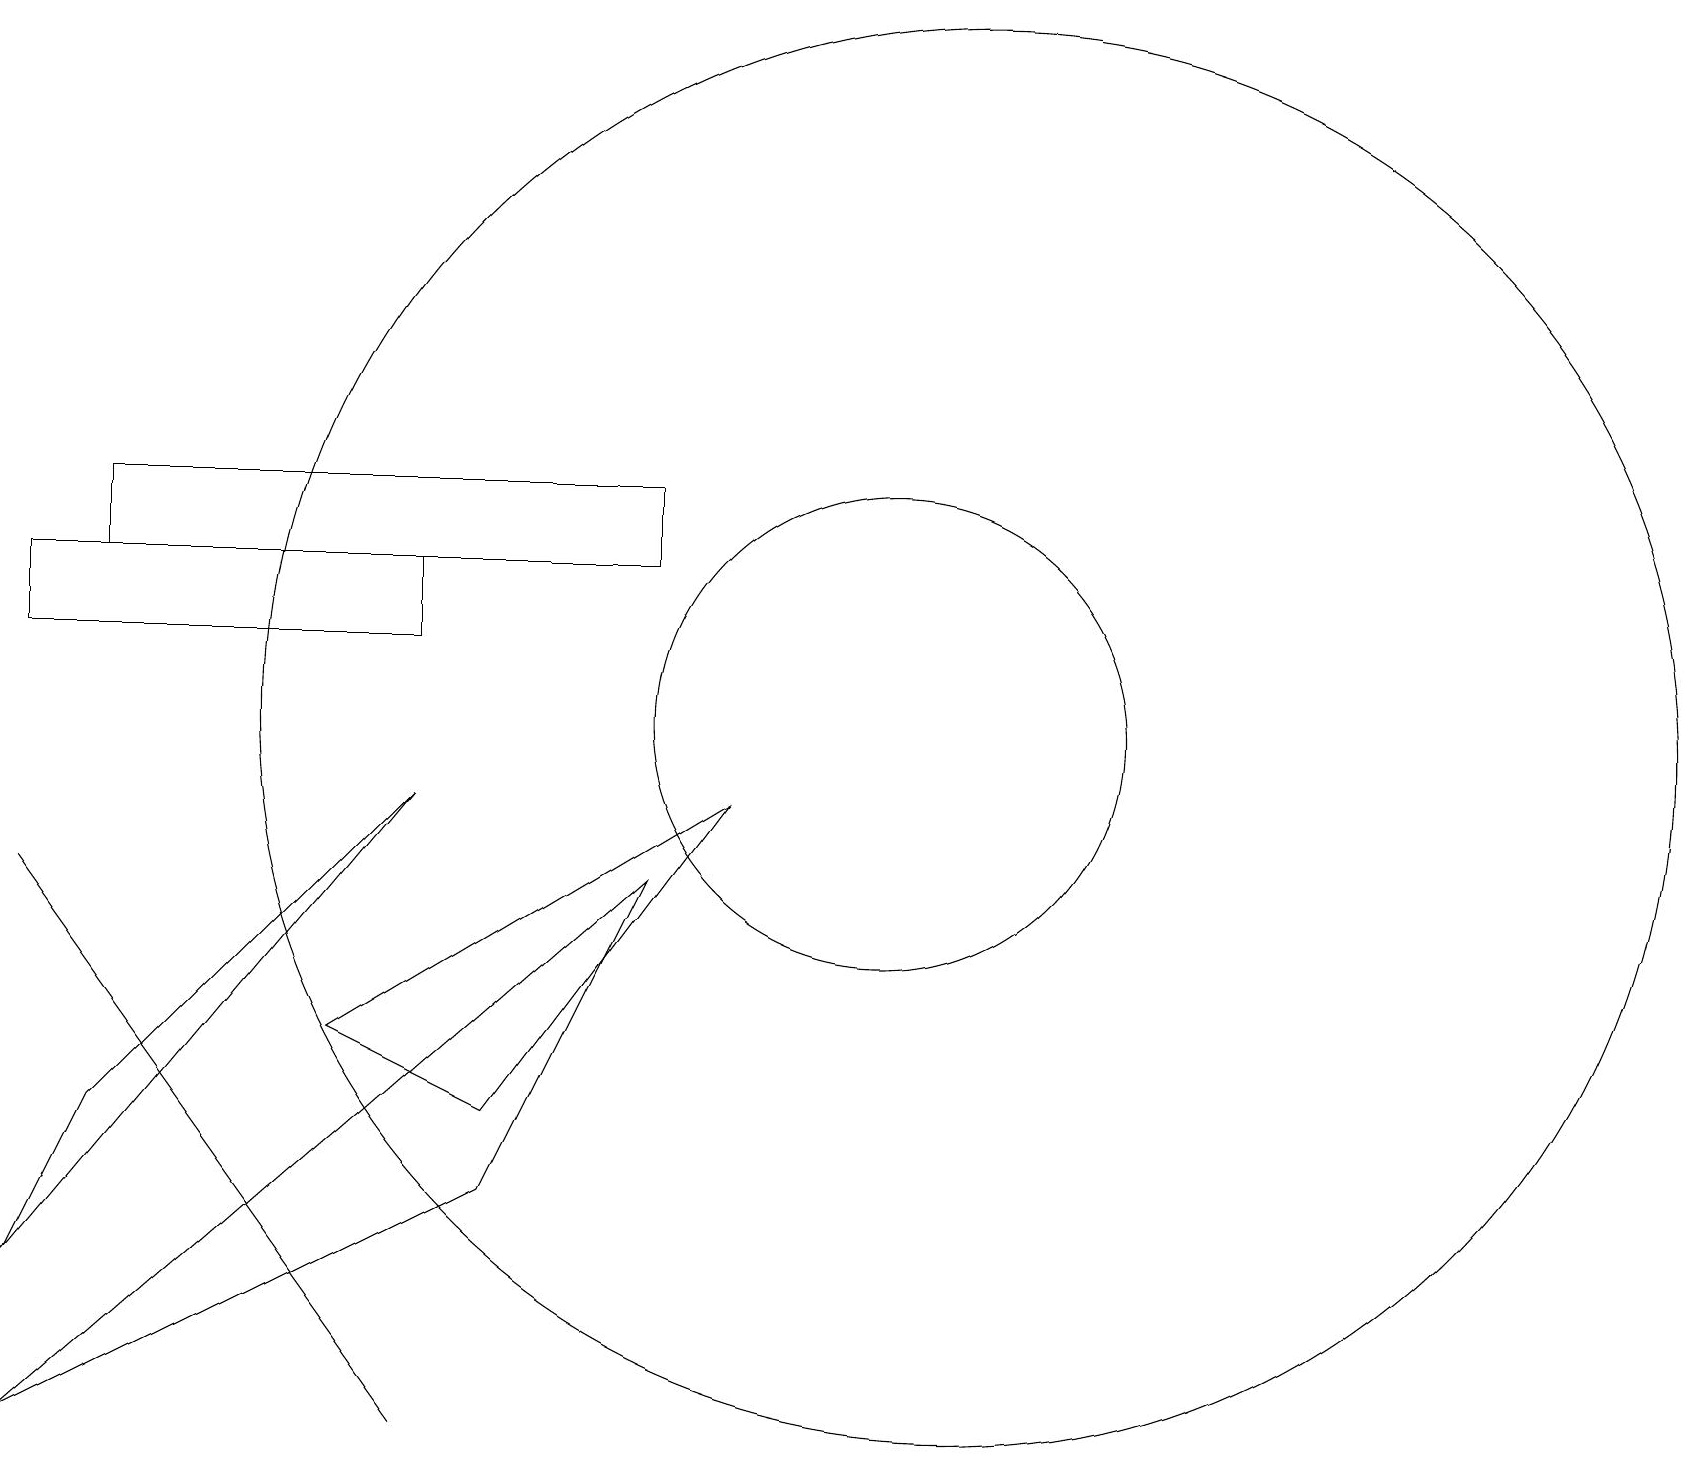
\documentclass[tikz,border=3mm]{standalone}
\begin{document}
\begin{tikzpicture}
\draw (8,13) rectangle (1,12);
\draw (6,5) -- (4,6) -- (9,9) -- cycle;
\draw (11,10) circle (3);
\draw (0,3) -- (5,9) -- (1,5) -- cycle;
\draw (5,1) -- (0,8) -- (0,8) -- cycle;
\draw (12,10) circle (9);
\draw (5,12) rectangle (0,11);
\draw (0,1) -- (8,8) -- (6,4) -- cycle;
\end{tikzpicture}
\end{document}